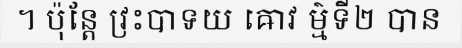
។ ប៉ុន្តែ វ្រះបាទយ ឝោវ ម៌្មទី២ បាន